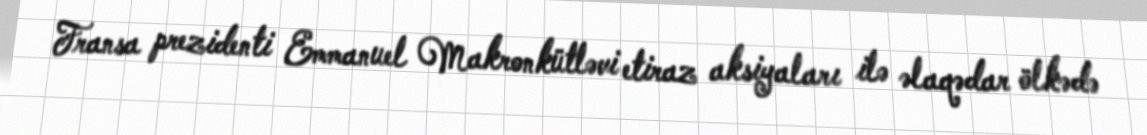
Fransa prezidenti Emmanuel Makronkütləvi etiraz aksiyaları ilə əlaqədar ölkədə